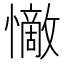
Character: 𭟗